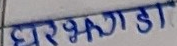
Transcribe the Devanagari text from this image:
घरझगडा